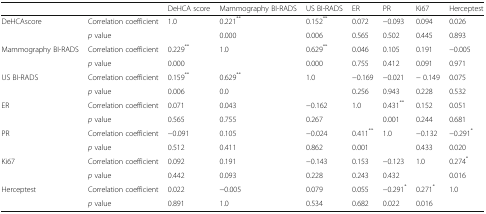
<table><thead><tr><td>[EMPTY_CELL]</td><td>[EMPTY_CELL]</td><td><b>DeHCA score</b></td><td><b>Mammography BI-RADS</b></td><td><b>US BI-RADS</b></td><td><b>ER</b></td><td><b>PR</b></td><td><b>Ki67</b></td><td><b>Herceptest</b></td></tr></thead><tbody><tr><td rowspan="2">DeHCAscore</td><td>Correlation coefficient</td><td>1.0</td><td>0.221<sup>**</sup></td><td>0.152<sup>**</sup></td><td>0.072</td><td>−0.093</td><td>0.094</td><td>0.026</td></tr><tr><td><i>p</i> value</td><td>[EMPTY_CELL]</td><td>0.000</td><td>0.006</td><td>0.565</td><td>0.502</td><td>0.445</td><td>0.893</td></tr><tr><td rowspan="2">Mammography BI-RADS</td><td>Correlation coefficient</td><td>0.229<sup>**</sup></td><td>1.0</td><td>0.629<sup>**</sup></td><td>0.046</td><td>0.105</td><td>0.191</td><td>−0.005</td></tr><tr><td><i>p</i> value</td><td>0.000</td><td>[EMPTY_CELL]</td><td>0.000</td><td>0.755</td><td>0.412</td><td>0.091</td><td>0.971</td></tr><tr><td rowspan="2">US BI-RADS</td><td>Correlation coefficient</td><td>0.159<sup>**</sup></td><td>0.629<sup>**</sup></td><td>1.0</td><td>−0.169</td><td>−0.021</td><td>− 0.149</td><td>0.075</td></tr><tr><td><i>p</i> value</td><td>0.006</td><td>0.0</td><td>[EMPTY_CELL]</td><td>0.256</td><td>0.943</td><td>0.228</td><td>0.532</td></tr><tr><td rowspan="2">ER</td><td>Correlation coefficient</td><td>0.071</td><td>0.043</td><td>−0.162</td><td>1.0</td><td>0.431<sup>**</sup></td><td>0.152</td><td>0.051</td></tr><tr><td><i>p</i> value</td><td>0.565</td><td>0.755</td><td>0.267</td><td>[EMPTY_CELL]</td><td>0.001</td><td>0.244</td><td>0.681</td></tr><tr><td rowspan="2">PR</td><td>Correlation coefficient</td><td>−0.091</td><td>0.105</td><td>−0.024</td><td>0.411<sup>**</sup></td><td>1.0</td><td>−0.132</td><td>−0.291<sup>*</sup></td></tr><tr><td><i>p</i> value</td><td>0.512</td><td>0.411</td><td>0.862</td><td>0.001</td><td>[EMPTY_CELL]</td><td>0.433</td><td>0.020</td></tr><tr><td rowspan="2">Ki67</td><td>Correlation coefficient</td><td>0.092</td><td>0.191</td><td>−0.143</td><td>0.153</td><td>−0.123</td><td>1.0</td><td>0.274<sup>*</sup></td></tr><tr><td><i>p</i> value</td><td>0.442</td><td>0.093</td><td>0.228</td><td>0.243</td><td>0.432</td><td>[EMPTY_CELL]</td><td>0.016</td></tr><tr><td rowspan="2">Herceptest</td><td>Correlation coefficient</td><td>0.022</td><td>−0.005</td><td>0.079</td><td>0.055</td><td>−0.291<sup>*</sup></td><td>0.271<sup>*</sup></td><td>1.0</td></tr><tr><td><i>p</i> value</td><td>0.891</td><td>1.0</td><td>0.534</td><td>0.682</td><td>0.022</td><td>0.016</td><td>[EMPTY_CELL]</td></tr></tbody></table>